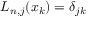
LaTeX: L _ { n , j } ( x _ { k } ) = \delta _ { j k }